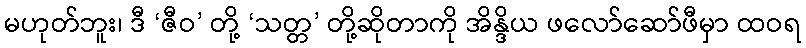
မဟုတ်ဘူး၊ ဒီ ‘ဇီဝ’ တို့ ‘သတ္တ’ တို့ဆိုတာကို အိန္ဒိယ ဖလော်ဆော်ဖီမှာ ထဝရ